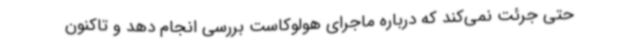
حتی جرئت نمی‌کند که درباره ماجرای هولوکاست بررسی انجام دهد و تاکنون